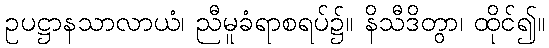
ဥပဋ္ဌာနသာလာယံ၊ ညီမူခံရာစရပ်၌။ နိသီဒိတွာ၊ ထိုင်၍။